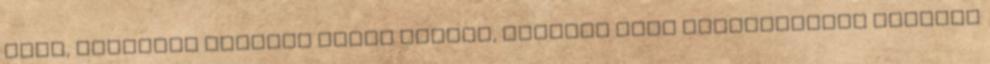
éves, teljesen átlagos ember voltam, átlagos nemi identitással egészen